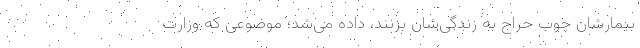
بیمارشان چوب حراج به زندگی‌شان بزنند، داده می‌شد؛ موضوعی که وزارت